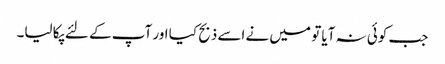
جب کوئی نہ آیا تو میں نے اسے ذبح کیا اور آپ کے لئے پکا لیا۔